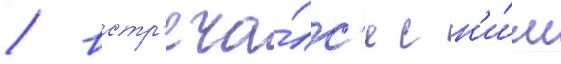
/ встр'еча́лс'я с н'и́м